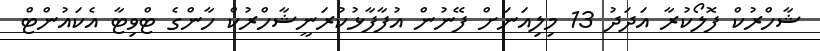
ޝާހްރުކް ފޮލޯކުރާ އަދަދު 13 މިލިއަނަށް ފޭނުން އުފާފާޅުކުރަނީޝާހްރުކް ހާންގެ ޓްވިޓާ އެކައުންޓް